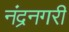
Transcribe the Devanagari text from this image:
नंद्रनगरी